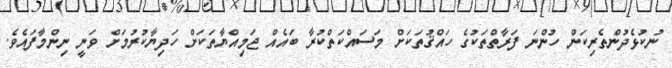
ނުކުޅެދުންތެރިކަން ހުންނަ ފަރާތްތަކުގެ ހައްޤުތަކަށް މަސައްކަތްކުރާ ބައެއް ޖަމިއްޔާތަކަށް ހަދިޔާކުރުމަށް ވަނީ ނިންމާފައެވެ.